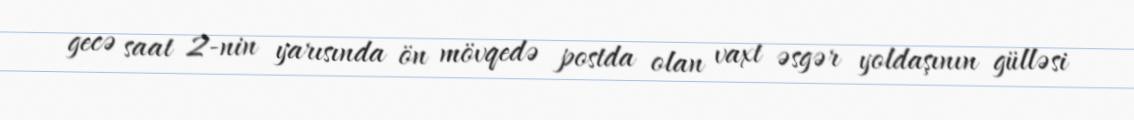
gecə saat 2-nin yarısında ön mövqedə postda olan vaxt əsgər yoldaşının gülləsi